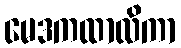
မေဒကထာလိကာ